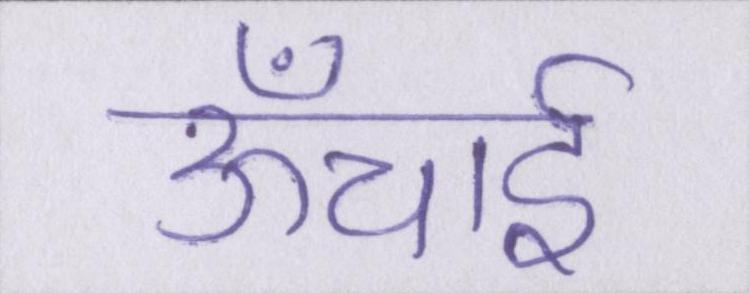
ऊँचाई